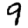
Digit: 9